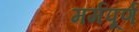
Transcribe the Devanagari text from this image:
मर्मपूर्ण